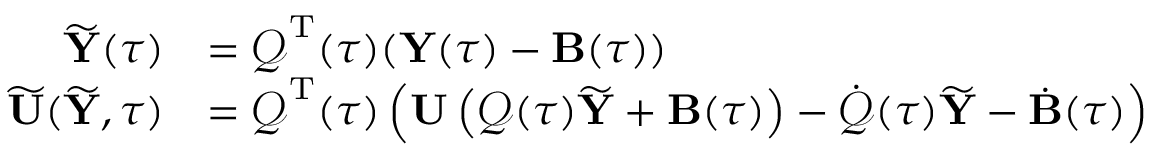
\begin{array} { r l } { \widetilde { { \mathbf Y } } ( \tau ) } & { = \boldsymbol { \mathcal Q } ^ { { \mathrm T } } ( \tau ) ( { \mathbf Y } ( \tau ) - { \mathbf B } ( \tau ) ) } \\ { \widetilde { { \mathbf U } } ( \widetilde { { \mathbf Y } } , \tau ) } & { = \boldsymbol { \mathcal Q } ^ { { \mathrm T } } ( \tau ) \left( { \mathbf U } \left( \boldsymbol { \mathcal Q } ( \tau ) \widetilde { { \mathbf Y } } + { \mathbf B } ( \tau ) \right) - \dot { \boldsymbol { \mathcal Q } } ( \tau ) \widetilde { { \mathbf Y } } - \dot { { \mathbf B } } ( \tau ) \right) } \end{array}